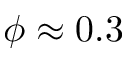
\phi \approx 0 . 3